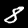
Label: 8